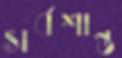
সর্বশান্ত